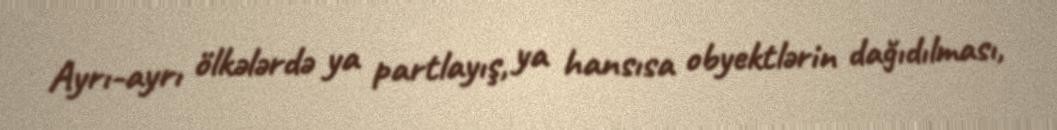
Ayrı-ayrı ölkələrdə ya partlayış, ya hansısa obyektlərin dağıdılması,